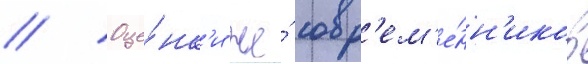
// Оце́нк'и же́ совр'ем'е́нн'иков